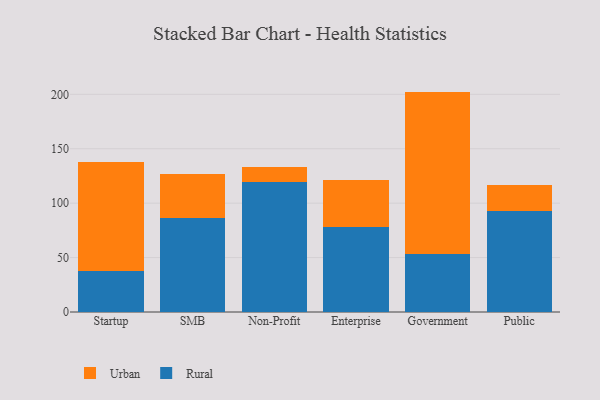
{"axis": {"x": "Segment", "y": "Gross Profit (USD K)"}, "legend": ["Rural", "Urban"], "data": [{"x": "Startup", "y": 37.6, "type": "Rural"}, {"x": "Startup", "y": 100.6, "type": "Urban"}, {"x": "SMB", "y": 86.0, "type": "Rural"}, {"x": "SMB", "y": 41.1, "type": "Urban"}, {"x": "Non-Profit", "y": 119.6, "type": "Rural"}, {"x": "Non-Profit", "y": 13.6, "type": "Urban"}, {"x": "Enterprise", "y": 78.3, "type": "Rural"}, {"x": "Enterprise", "y": 43.1, "type": "Urban"}, {"x": "Government", "y": 53.4, "type": "Rural"}, {"x": "Government", "y": 149.1, "type": "Urban"}, {"x": "Public", "y": 92.8, "type": "Rural"}, {"x": "Public", "y": 23.9, "type": "Urban"}]}